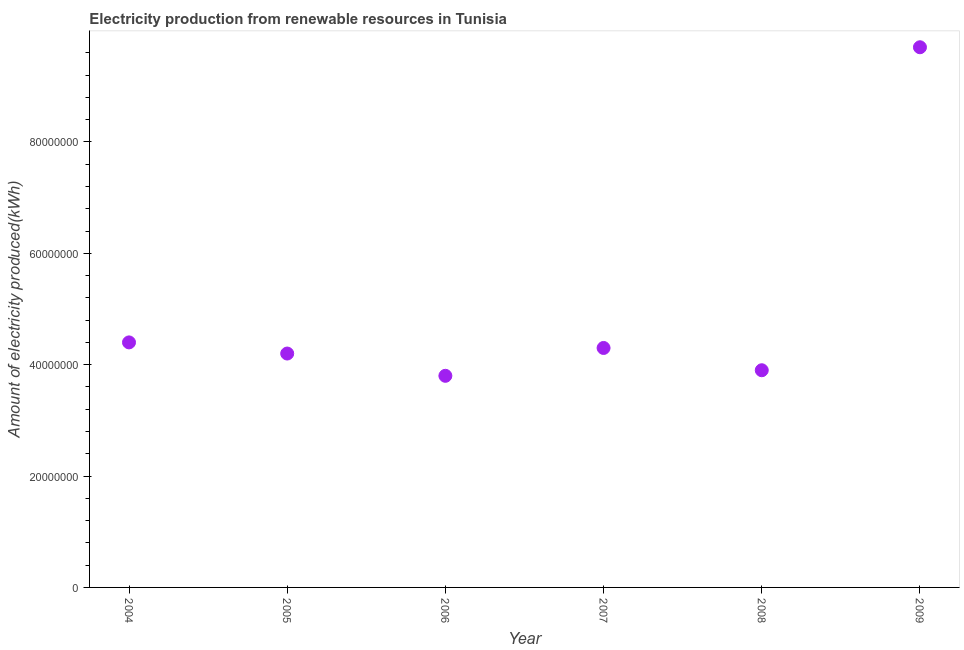
| Year | Electricity production from renewable sources |
 | --- | --- |
 | 2004 | 4.4e+07 |
 | 2005 | 4.2e+07 |
 | 2006 | 3.8e+07 |
 | 2007 | 4.3e+07 |
 | 2008 | 3.9e+07 |
 | 2009 | 9.7e+07 |